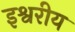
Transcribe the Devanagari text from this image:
इश्वरीय